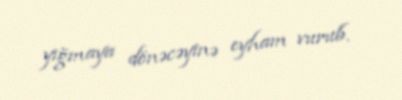
yığmaya dönəcəyinə eyham vurub.